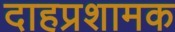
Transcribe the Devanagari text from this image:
दाहप्रशामक